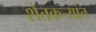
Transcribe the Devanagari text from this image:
शेतकऱ्यांत